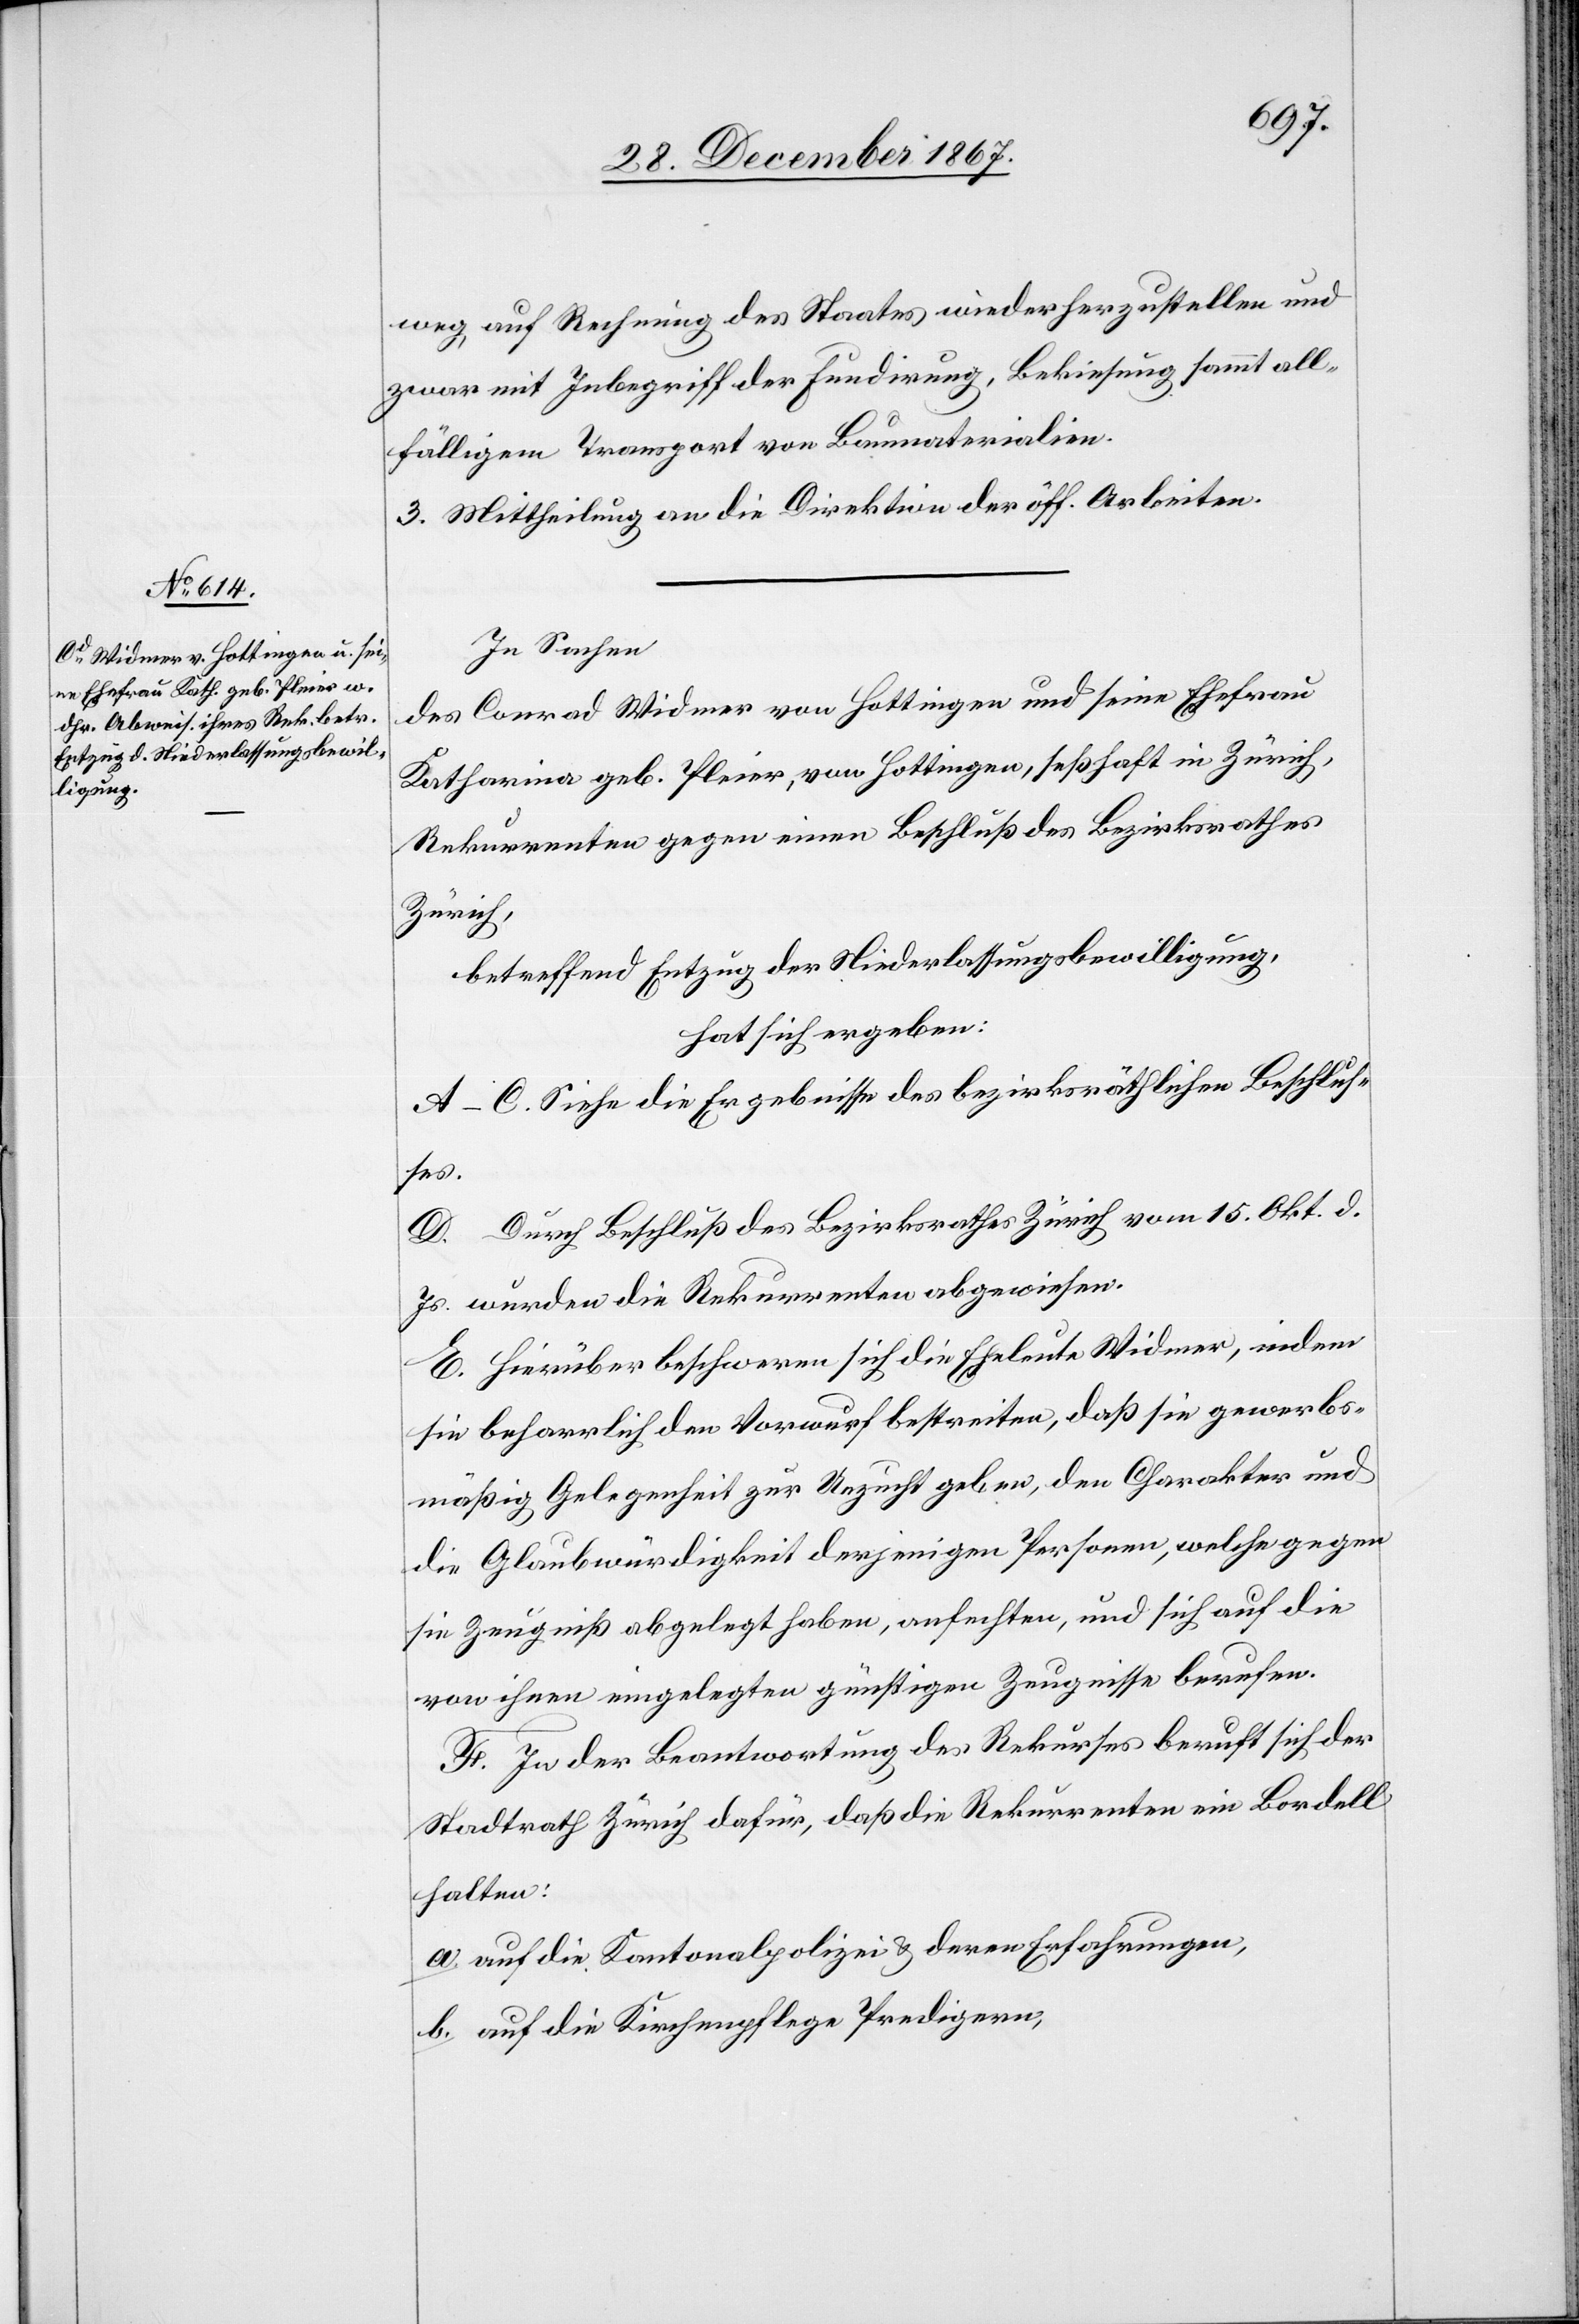
weg auf Rechnung des Staates wiederherzustellen und
zwar mit Inbegriff der Fundirung, Bekiesung sammt all¬
fälligem Transport von Baumaterialien.
2. Mittheilung an die Direktion der öff. Arbeiten.
In Sachen
des Conrad Widmer von Hottingen und seine Ehefrau
Katharina geb. Pleier, von Hottingen, seßhaft in Zürich,
Rekurrenten gegen einen Beschluß des Bezirksrathes
Zürich,
betreffend Entzug der Niederlassungsbewilligung,
hat sich ergeben:
A–C. Siehe die Ergebnisse des bezirksräthlichen Beschlus¬
ses.
D. Durch Beschluß des Bezirksrathes Zürich vom 15. Okt. d.
Js. wurden die Rekurrenten abgewiesen.
E. Hierüber beschweren sich die Eheleute Widmer, indem
sie beharrlich den Vorwurf bestreiten, daß sie gewerbs¬
mäßige Gelegenheit zur Unzucht geben, den Charakter und
die Glaubwürdigkeit derjenigen Personen, welche gegen
sie Zeugniß abgelegt haben, anfechten, und sich auf di¬
e ihnen eingelegten günstigen Zeugnisse berufen.
F. In der Beantwortung des Rekurses beruft sich der
Stadtrath Zürich dafür, daß die Rekurrenten ein Bordell
halten:
a. auf die Kantonalpolizei u. deren Erfahrungen,
b. auf die Kirchenpflege Predigern,